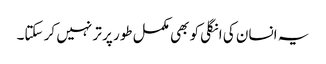
یہ انسان کی انگلی کو بھی مکمل طور پر تر نہیں کر سکتا۔